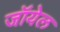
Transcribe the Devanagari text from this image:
जॉयेल